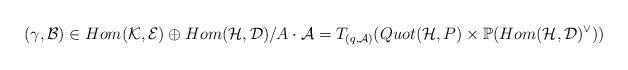
LaTeX: \begin{align*}(\gamma,\mathcal{B})\in Hom(\mathcal{K},\mathcal{E})\oplus Hom(\mathcal{H},\mathcal{D})/A\cdot\mathcal{A}=T_{(q,\mathcal{A})}(Quot(\mathcal{H},P)\times\mathbb{P}(Hom(\mathcal{H},\mathcal{D})^{\vee}))\end{align*}